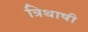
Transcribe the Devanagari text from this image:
त्रिथाषी